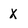
Character: X